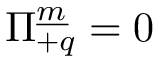
\Pi _ { + q } ^ { \underline { { { m } } } } = 0